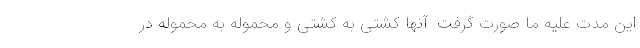
این مدت علیه ما صورت گرفت. آنها کشتی به کشتی و محموله به محموله در